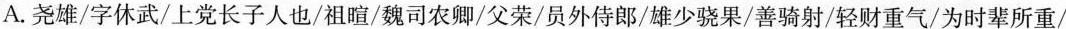
A.尧雄/字休武/上党长子人也/祖暄/魏司农卿/父荣/员外侍郎/雄少骁果/善骑射/轻财重气/为时辈所重/